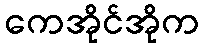
ကေအိုင်အိုက